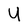
Character: U